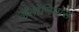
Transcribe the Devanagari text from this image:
अँतोनियोस